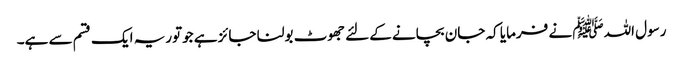
رسول اللہﷺ نے فرمایا کہ جان بچانے کےلئے جھوٹ بولنا جائز ہے جوتوریہ ایک قسم سے ہے۔